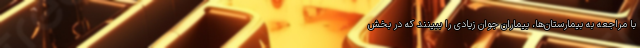
با مراجعه به بیمارستان‌ها، بیماران جوان زیادی را ببینند که در بخش